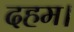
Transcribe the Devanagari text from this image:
दहम।